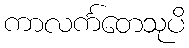
ကာလင်္ကတေသုပိ